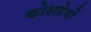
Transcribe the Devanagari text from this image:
कोशग्रेथों